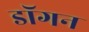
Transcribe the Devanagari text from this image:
डॉगन